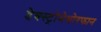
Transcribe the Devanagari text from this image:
डेक्स्ट्रोमेथोरफान